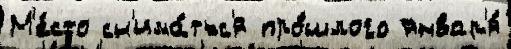
М'е́сто сн'има́тьс'я про́шлого январ'я́